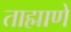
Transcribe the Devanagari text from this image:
ताह्माणे